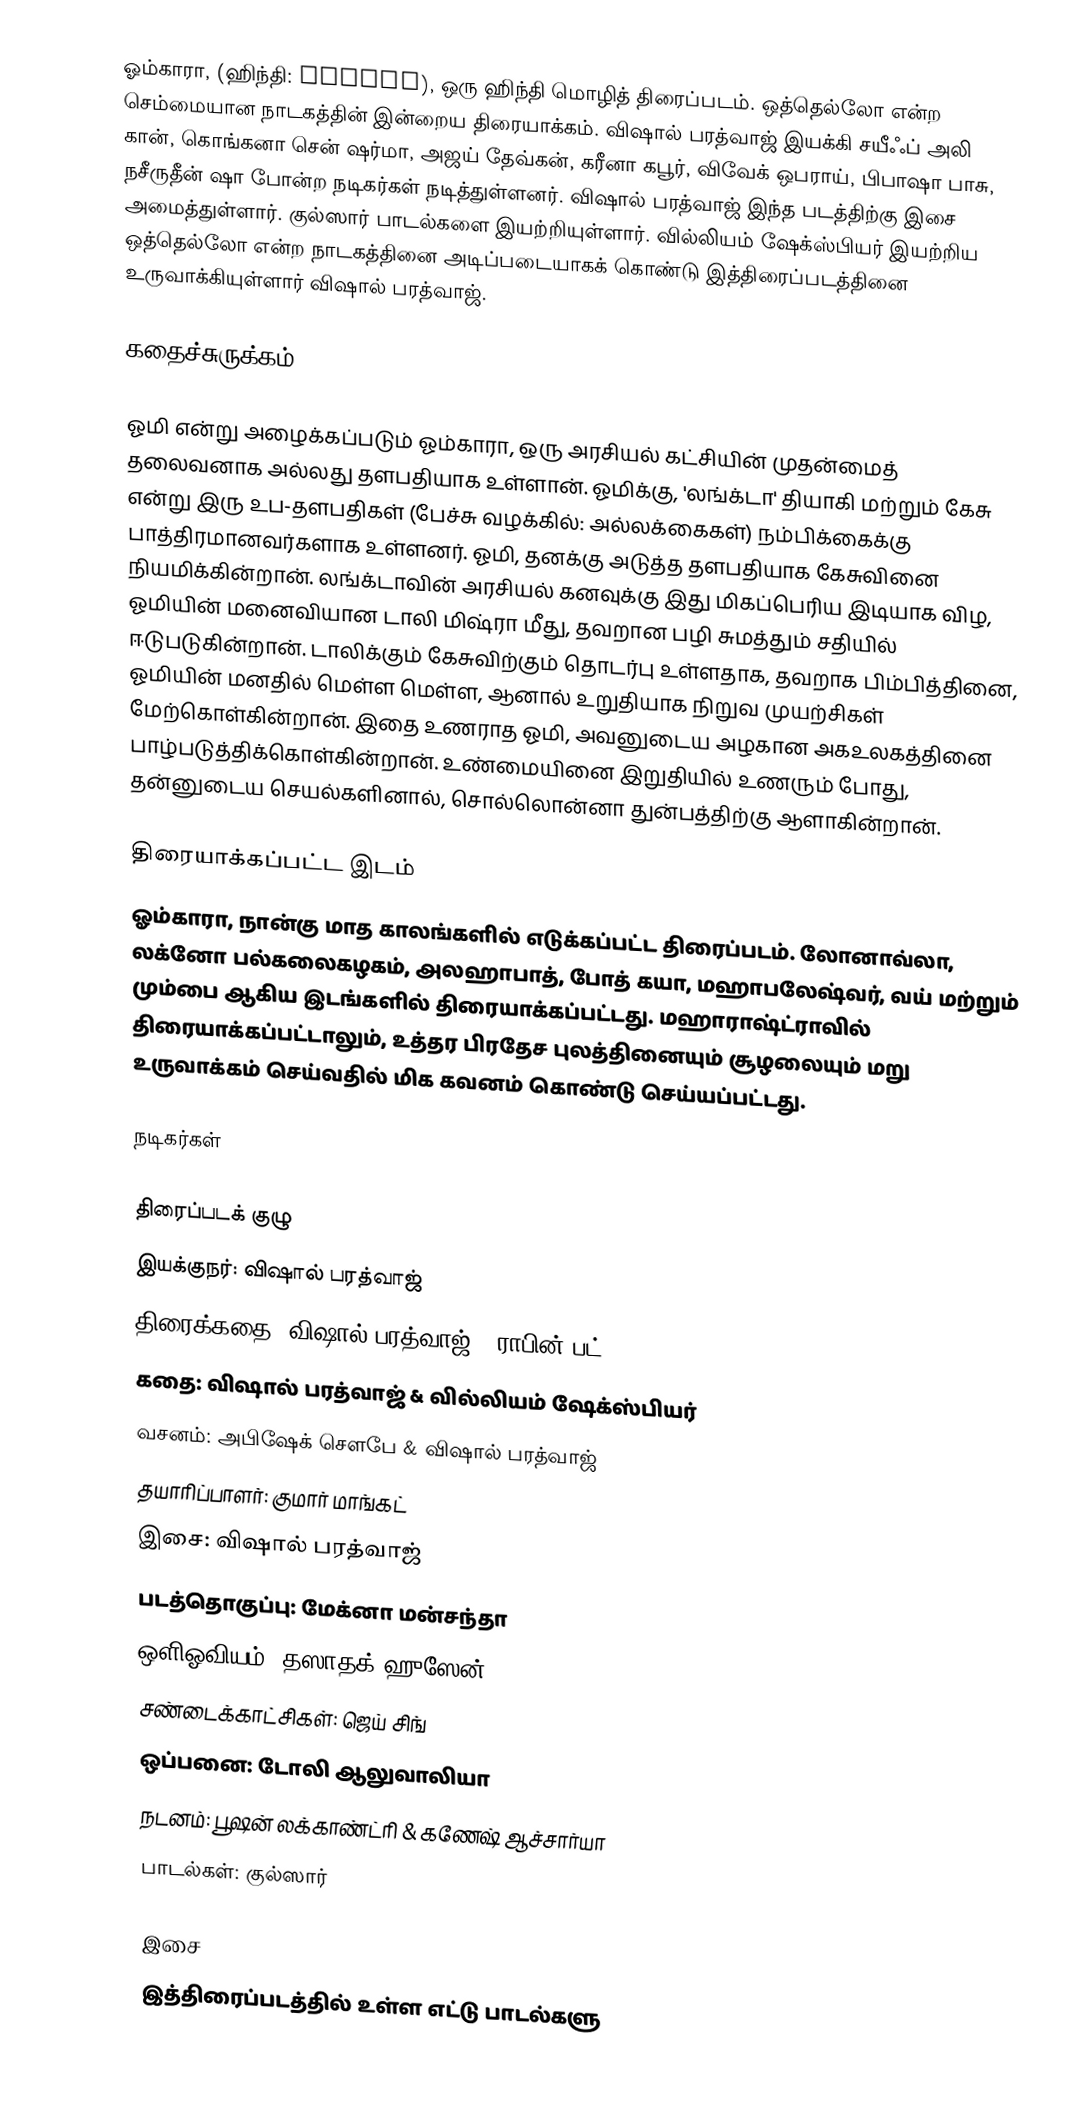
ஓம்காரா, (ஹிந்தி: ओमकारा), ஒரு ஹிந்தி மொழித் திரைப்படம். ஒத்தெல்லோ என்ற செம்மையான நாடகத்தின் இன்றைய திரையாக்கம். விஷால் பரத்வாஜ் இயக்கி சயீஃப் அலி கான், கொங்கனா சென் ஷர்மா, அஜய் தேவ்கன், கரீனா கபூர், விவேக் ஒபராய், பிபாஷா பாசு, நசீருதீன் ஷா போன்ற நடிகர்கள் நடித்துள்ளனர். விஷால் பரத்வாஜ் இந்த படத்திற்கு இசை அமைத்துள்ளார். குல்ஸார் பாடல்களை இயற்றியுள்ளார். வில்லியம் ஷேக்ஸ்பியர் இயற்றிய ஒத்தெல்லோ என்ற நாடகத்தினை அடிப்படையாகக் கொண்டு இத்திரைப்படத்தினை உருவாக்கியுள்ளார் விஷால் பரத்வாஜ்.

கதைச்சுருக்கம்

ஓமி என்று அழைக்கப்படும் ஓம்காரா, ஒரு அரசியல் கட்சியின் முதன்மைத் தலைவனாக அல்லது தளபதியாக உள்ளான். ஓமிக்கு, 'லங்க்டா' தியாகி மற்றும் கேசு என்று இரு உப-தளபதிகள் (பேச்சு வழக்கில்: அல்லக்கைகள்) நம்பிக்கைக்கு பாத்திரமானவர்களாக உள்ளனர். ஓமி, தனக்கு அடுத்த தளபதியாக கேசுவினை நியமிக்கின்றான். லங்க்டாவின் அரசியல் கனவுக்கு இது மிகப்பெரிய இடியாக விழ, ஓமியின் மனைவியான டாலி மிஷ்ரா மீது, தவறான பழி சுமத்தும் சதியில் ஈடுபடுகின்றான். டாலிக்கும் கேசுவிற்கும் தொடர்பு உள்ளதாக, தவறாக பிம்பித்தினை, ஓமியின் மனதில் மெள்ள மெள்ள, ஆனால் உறுதியாக நிறுவ முயற்சிகள் மேற்கொள்கின்றான். இதை உணராத ஓமி, அவனுடைய அழகான அகஉலகத்தினை பாழ்படுத்திக்கொள்கின்றான். உண்மையினை இறுதியில் உணரும் போது, தன்னுடைய செயல்களினால், சொல்லொன்னா துன்பத்திற்கு ஆளாகின்றான்.

திரையாக்கப்பட்ட இடம்
ஓம்காரா, நான்கு மாத காலங்களில் எடுக்கப்பட்ட திரைப்படம். லோனாவ்லா, லக்னோ பல்கலைகழகம், அலஹாபாத், போத் கயா, மஹாபலேஷ்வர், வய் மற்றும் மும்பை ஆகிய இடங்களில் திரையாக்கப்பட்டது. மஹாராஷ்ட்ராவில் திரையாக்கப்பட்டாலும், உத்தர பிரதேச புலத்தினையும் சூழலையும் மறு உருவாக்கம் செய்வதில் மிக கவனம் கொண்டு செய்யப்பட்டது.

நடிகர்கள்

திரைப்படக் குழு
 இயக்குநர்: விஷால் பரத்வாஜ்
 திரைக்கதை: விஷால் பரத்வாஜ் & ராபின் பட்
 கதை: விஷால் பரத்வாஜ் & வில்லியம் ஷேக்ஸ்பியர்
 வசனம்: அபிஷேக் சௌபே & விஷால் பரத்வாஜ்
 தயாரிப்பாளர்: குமார் மாங்கட்
 இசை: விஷால் பரத்வாஜ்
 படத்தொகுப்பு: மேக்னா மன்சந்தா
 ஒளிஓவியம்: தஸாதக் ஹுஸேன்
 சண்டைக்காட்சிகள்: ஜெய் சிங்
 ஒப்பனை: டோலி ஆலுவாலியா
 நடனம்: பூஷன் லக்காண்ட்ரி & கணேஷ் ஆச்சார்யா
 பாடல்கள்: குல்ஸார்

இசை
இத்திரைப்படத்தில் உள்ள எட்டு பாடல்களு